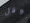
وقل